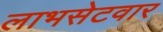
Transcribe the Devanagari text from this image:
लाभसेटवार